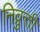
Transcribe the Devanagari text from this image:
निव्रुत्ती